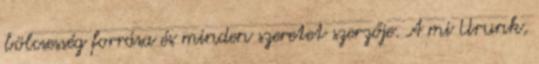
bölcsesség forrása és minden szeretet szerzője. A mi Urunk,